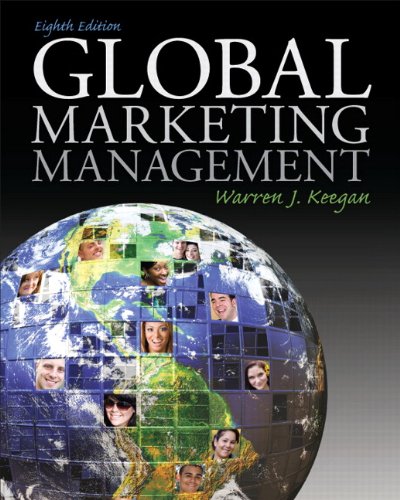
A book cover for Global Marketing Management (8th Edition); Warren J. Keegan; Business & Money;